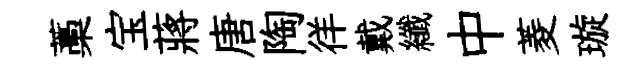
藁宝蔣唐陶徉戴纖中菱璇